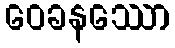
ဝေခနဿော